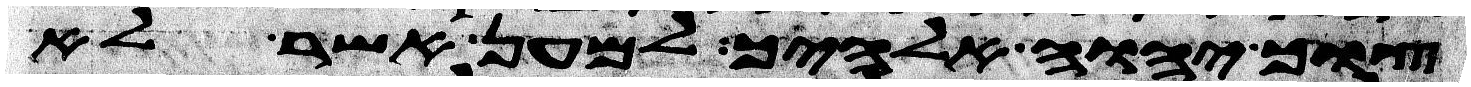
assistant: צוך יהוה אלהיך למען אשר לא